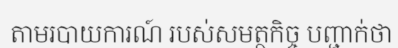
តាមរបាយការណ៍ របស់សមត្ថកិច្ច បញ្ជាក់ថា